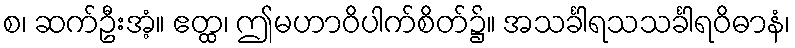
စ၊ ဆက်ဦးအံ့။ ဧတ္ထ၊ ဤမဟာဝိပါက်စိတ်၌။ အသင်္ခါရသသင်္ခါရဝိဓာနံ၊